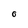
Character: O